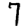
Digit: 7